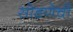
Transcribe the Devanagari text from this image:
सोडणेची